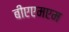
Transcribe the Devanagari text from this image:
बीएएमएम